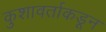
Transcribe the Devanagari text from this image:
कुशावर्ताकडून